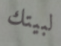
لبيتك